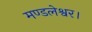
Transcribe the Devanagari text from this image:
मण्डलेश्वर।